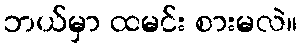
ဘယ်မှာ ထမင်း စားမလဲ။